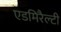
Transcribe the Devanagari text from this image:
एडमिरैल्टी